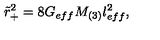
\tilde { r } _ { + } ^ { 2 } = 8 G _ { e f f } M _ { ( 3 ) } l _ { e f f } ^ { 2 } ,